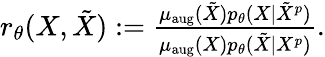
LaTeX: \begin{array}{r}{r_{\theta}(X,\tilde{X}):=\frac{\mu_{\mathrm{aug}}(\tilde{X})p_{\theta}(X\mid\tilde{X}^{p})}{\mu_{\mathrm{aug}}(X)p_{\theta}(\tilde{X}\mid X^{p})}.}\end{array}